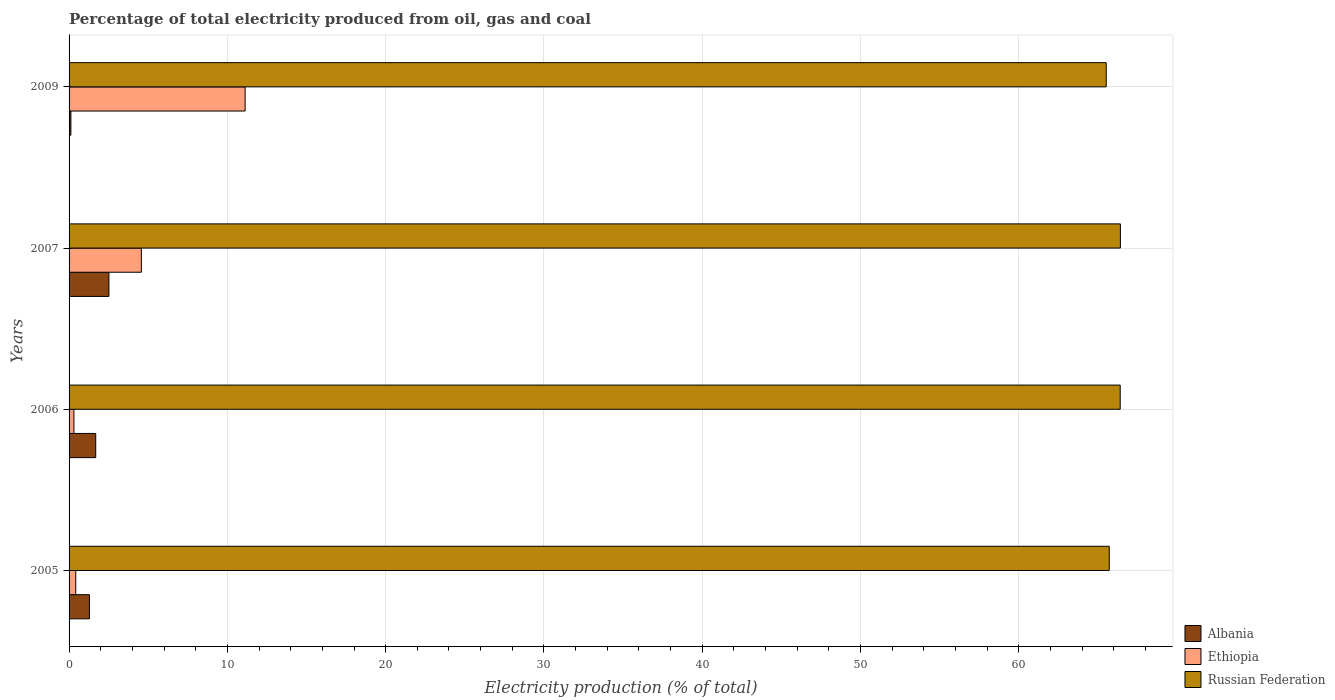
| Years | Albania | Ethiopia | Russian Federation |
 | --- | --- | --- | --- |
 | 2005 | 1.29 | 0.422 | 65.7 |
 | 2006 | 1.68 | 0.306 | 66.4 |
 | 2007 | 2.52 | 4.57 | 66.4 |
 | 2009 | 0.115 | 11.1 | 65.5 |